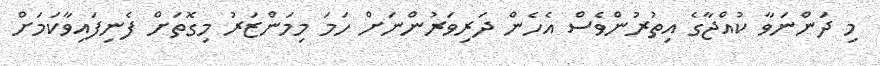
މި ދަންނަވާ ކުއްޖާގެ އިތުރުންވެސް އެހެން ދަރިވަރުންނަށް ހަމަ މިމަންޒަރު މިގޮތަށް ފެނިފައިވާކަމަށް